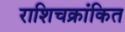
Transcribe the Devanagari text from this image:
राशिचक्रांकित